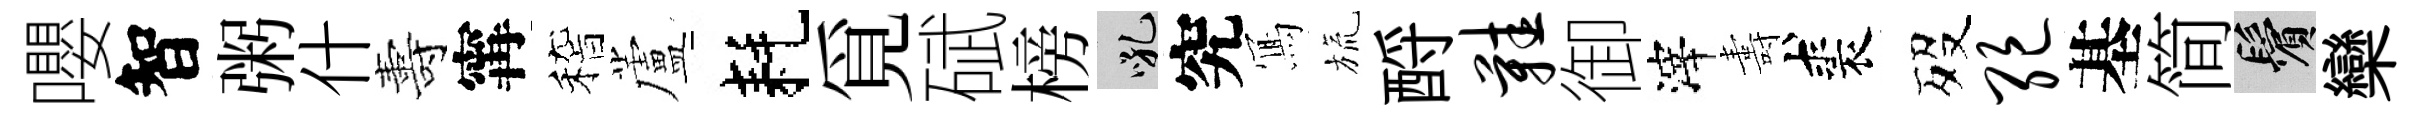
嚶智粥什夀𡩋稽蘆耗覓碔榜吼究𭂁旒酹鞋御滓夀裘歿绝基简鬢欒